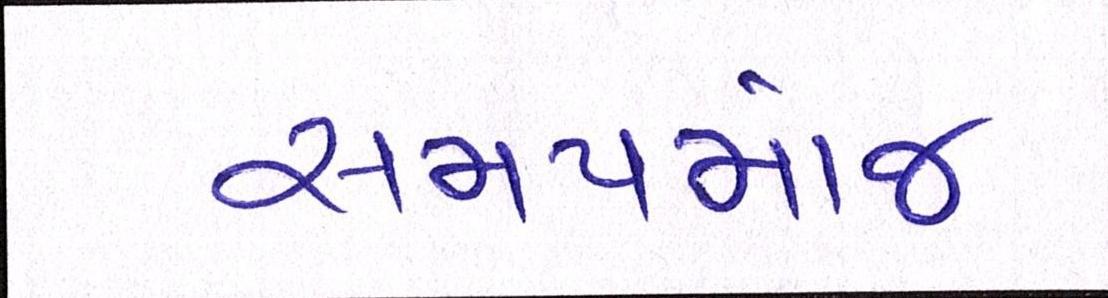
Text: સમયમાંજ